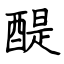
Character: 醍